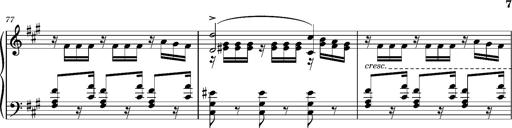
Title: Cavatine de Robert le Diable
Composer: Franz Liszt
Key: F-sharp minor